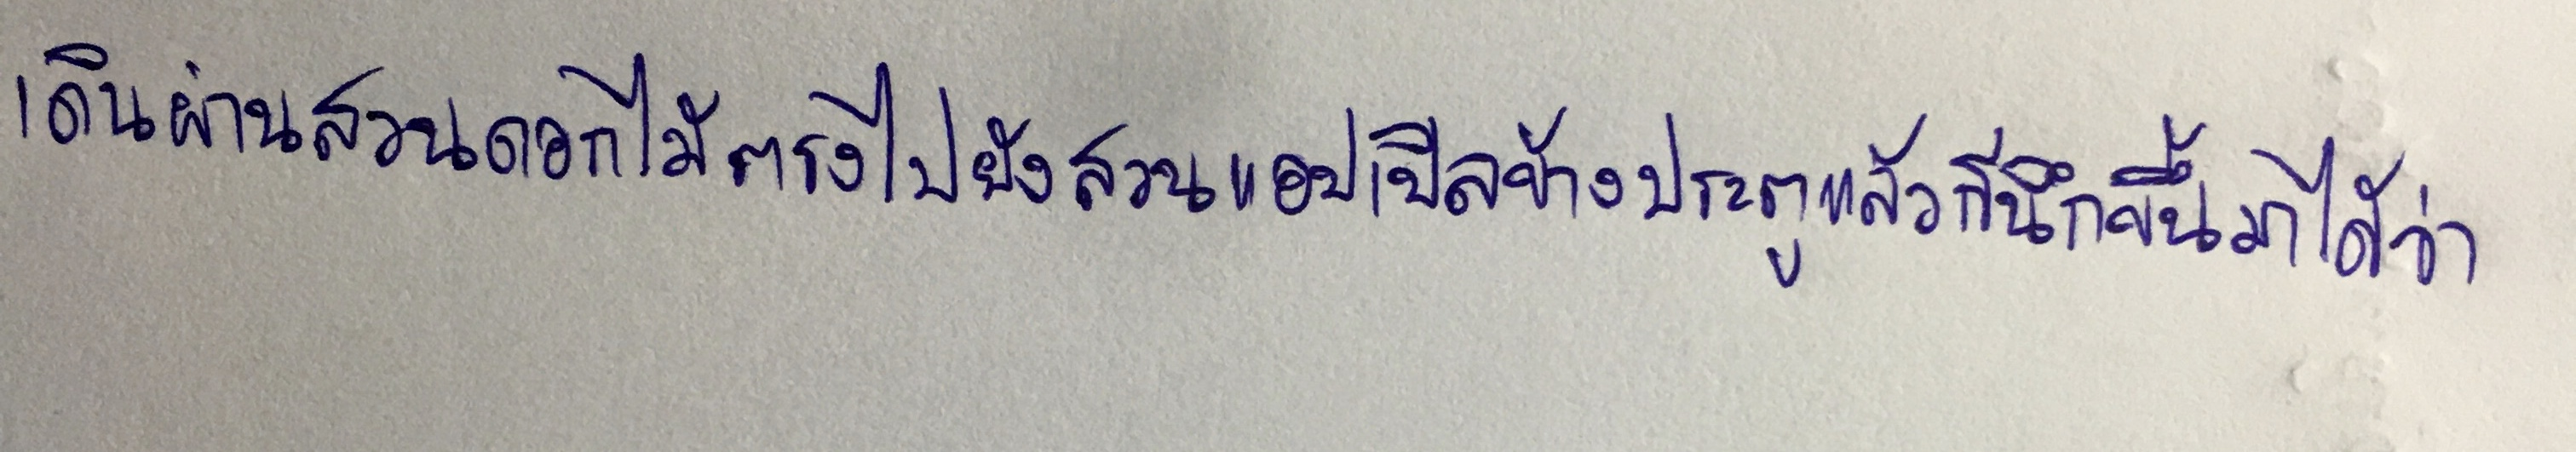
เดินผ่านสวนดอกไม้ตรงไปยังสวนแอปเปิลข้างประตูแล้วก็นึกขึ้นมาได้ว่า